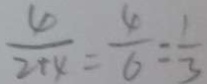
\frac { 4 } { 2 + 4 } = \frac { 4 } { 6 } = \frac { 1 } { 3 }